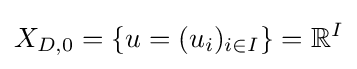
X_{D,0}=\{u=(u_{i})_{i\in I}\}=\mathbb {R} ^{I}